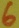
Text: 6